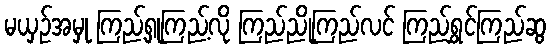
မယှဉ်အမှု ကြည့်ရှုကြည့်လို ကြည်ညိုကြည်လင် ကြည်ရွှင်ကြည်ဆွ